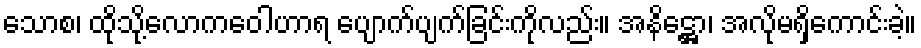
သောစ၊ ထိုသို့လောကဝေါဟာရ ပျောက်ပျက်ခြင်းကိုလည်း။ အနိဋ္ဌော၊ အလိုမရှိကောင်းခဲ့။